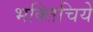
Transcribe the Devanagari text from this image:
भक्तिचिये